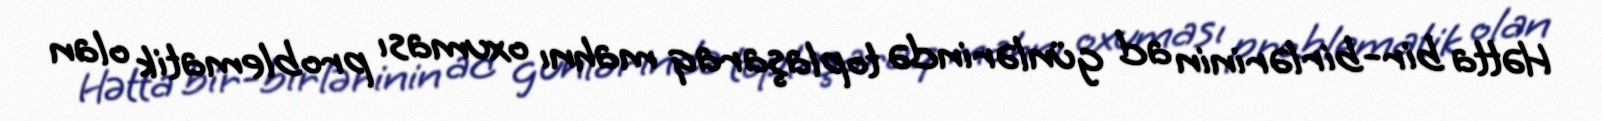
Hətta bir-birlərinin ad günlərində toplaşaraq mahnı oxuması problematik olan